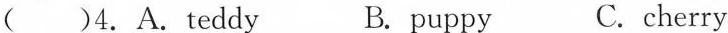
( )4.A.teddy B. puppy C.cherry